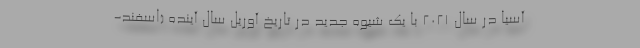
آسیا در سال 2021 با یک شیوه جدید در تاریخ آوریل سال آینده (اسفند-